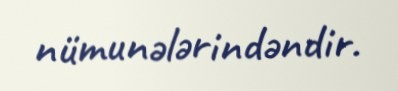
nümunələrindəndir.